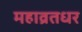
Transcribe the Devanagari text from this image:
महाव्रतधर